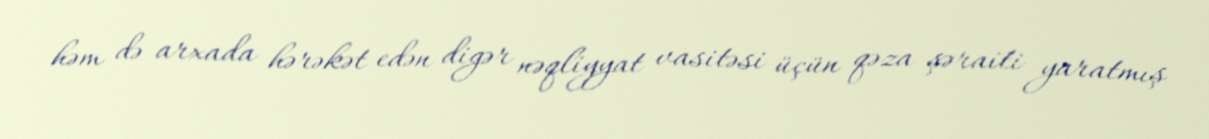
həm də arxada hərəkət edən digər nəqliyyat vasitəsi üçün qəza şəraiti yaratmış